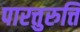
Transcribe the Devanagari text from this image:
पारत्तुरुत्ति